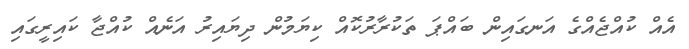
އެއް ކުއްޖެއްގެ އަނގައިން ބައްޕަ ތަކުރާރުކޮއް ކިޔަމުން ދިޔައިރު އަނެއް ކުއްޖާ ކައިރީގައި